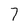
Character: 7